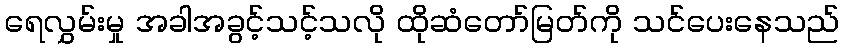
ရေလွှမ်းမှု အခါအခွင့်သင့်သလို ထိုဆံတော်မြတ်ကို သင်ပေးနေသည်